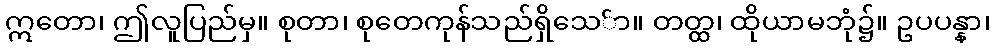
ဣတော၊ ဤလူပြည်မှ။ စုတာ၊ စုတေကုန်သည်ရှိသေ်ာ။ တတ္ထ၊ ထိုယာမဘုံ၌။ ဥပပန္နာ၊